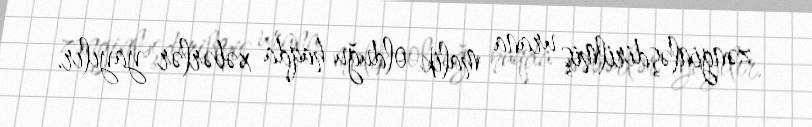
zənginləşdirilmiş urana malik olduğu haqda xəbərlər yayılır.